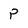
Character: P